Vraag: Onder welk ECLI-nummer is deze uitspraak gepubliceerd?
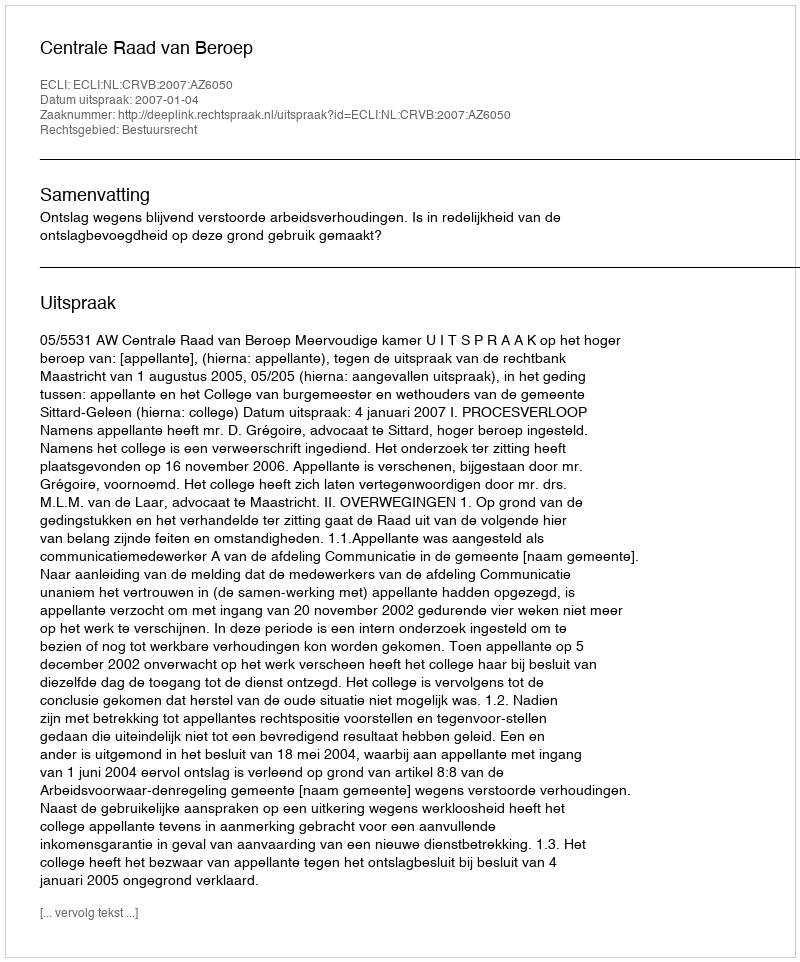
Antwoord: ECLI:NL:CRVB:2007:AZ6050